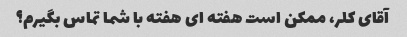
آقای کلر، ممکن است هفته ای هفته با شما تماس بگیرم؟